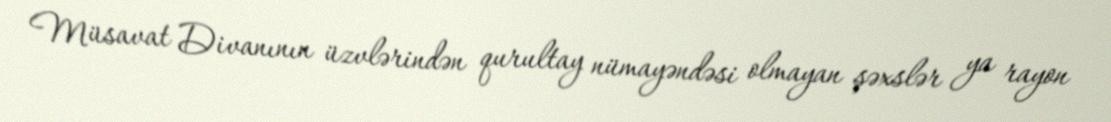
Müsavat Divanının üzvlərindən qurultay nümayəndəsi olmayan şəxslər ya rayon